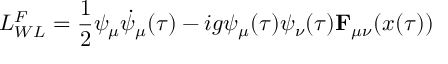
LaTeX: { \cal L } _ { W L } ^ { F } = \frac { 1 } { 2 } \psi _ { \mu } \dot { \psi } _ { \mu } ( \tau ) - i g \psi _ { \mu } ( \tau ) \psi _ { \nu } ( \tau ) { \bf F } _ { \mu \nu } ( x ( \tau ) )